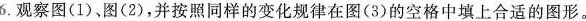
6.观察图(1)，图(2)，并按照同样的变化规律在图(3)的空格中填上合适的图形。